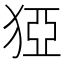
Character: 𰡓